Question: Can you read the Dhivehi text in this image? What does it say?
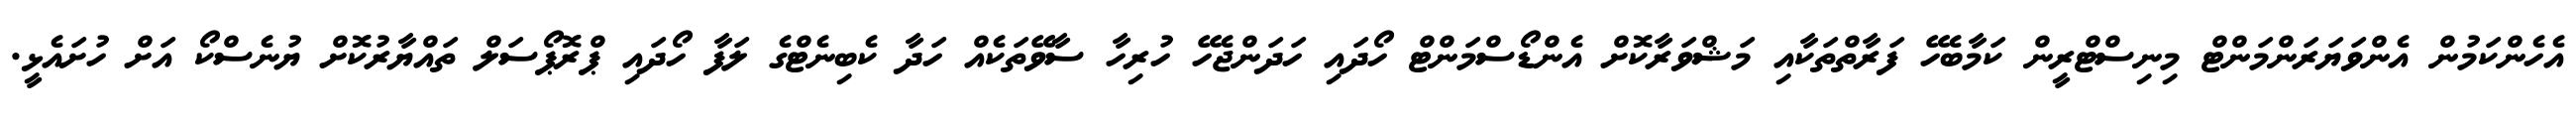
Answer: އެހެންކަމުން އެންވަޔަރަންމަންޓް މިނިސްޓްރީން ކަމާބެހޭ ފަރާތްތަކާއި މަޝްވަރާކޮށް އެންޑޯސްމަންޓް ހޯދައި ހަދަންޖެހޭ ހުރިހާ ސާވޭތަކެއް ހަދާ ކެބިނެޓްގެ ލަފާ ހޯދައި ޕްރޮޕޯސަލް ތައްޔާރުކޮށް ޔުނެސްކޯ އަށް ހުށައެޅީ.